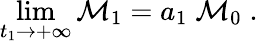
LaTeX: \operatorname*{lim}_{t_{1}\rightarrow+\infty}{\cal{M}}_{1}=a_{1}\; {\cal{M}}_{0}\; .